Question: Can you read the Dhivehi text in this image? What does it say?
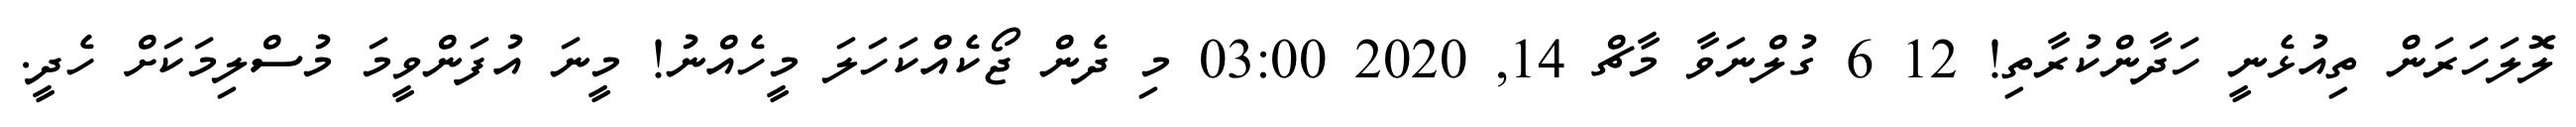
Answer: ލޮލަހަރަން ތިއުޅެނީ ހަދާންކުރާތި! 12 6 ގުލްނަވާ މާޗް 14, 2020 03:00 މި ދެން ޖޯކެއްކަހަލަ މީހެއްނު! މީނަ އުފަންވީމަ މުސްލިމަކަށް ހެދީ.